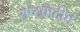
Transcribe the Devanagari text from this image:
राष्ट्रवादीचं